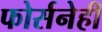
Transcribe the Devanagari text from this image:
फोर्सनेही